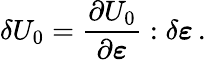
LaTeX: \delta U_{0}={\frac{\partial U_{0}}{\partial{\boldsymbol{\varepsilon}}}}:\delta{\boldsymbol{\varepsilon}}\, .